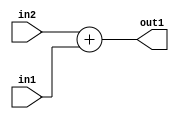
`timescale 1ps / 1ps
/*****************************************************************************
    Verilog RTL Description
    
    
    Created by: Stratus DpOpt 21.05.01 
*******************************************************************************/

module Filter_Add_5Ux4U_5U_1 (
	in2,
	in1,
	out1
	); /* architecture "behavioural" */ 
input [4:0] in2;
input [3:0] in1;
output [4:0] out1;
wire [4:0] asc001;

assign asc001 = 
	+(in2)
	+(in1);

assign out1 = asc001;
endmodule

/* CADENCE  urnzSw0= : u9/ySxbfrwZIxEzHVQQV8Q== ** DO NOT EDIT THIS LINE ******/